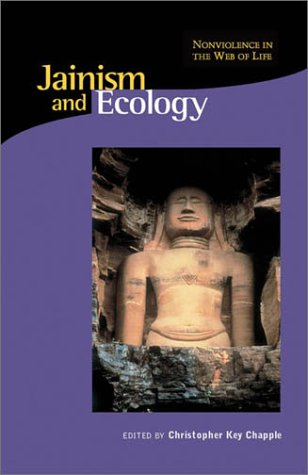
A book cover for Jainism and Ecology: Nonviolence in the Web of Life (Religions of the World and Ecology); Religion & Spirituality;